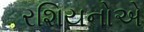
રશિયનોએ